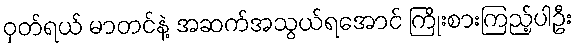
ဝှတ်ရယ် မာတင်နဲ့ အဆက်အသွယ်ရအောင် ကြိုးစားကြည့်ပါဦး